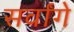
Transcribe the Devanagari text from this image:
सर्वांगे